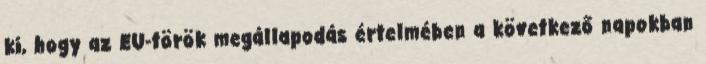
ki, hogy az EU-török megállapodás értelmében a következő napokban